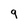
Character: 9